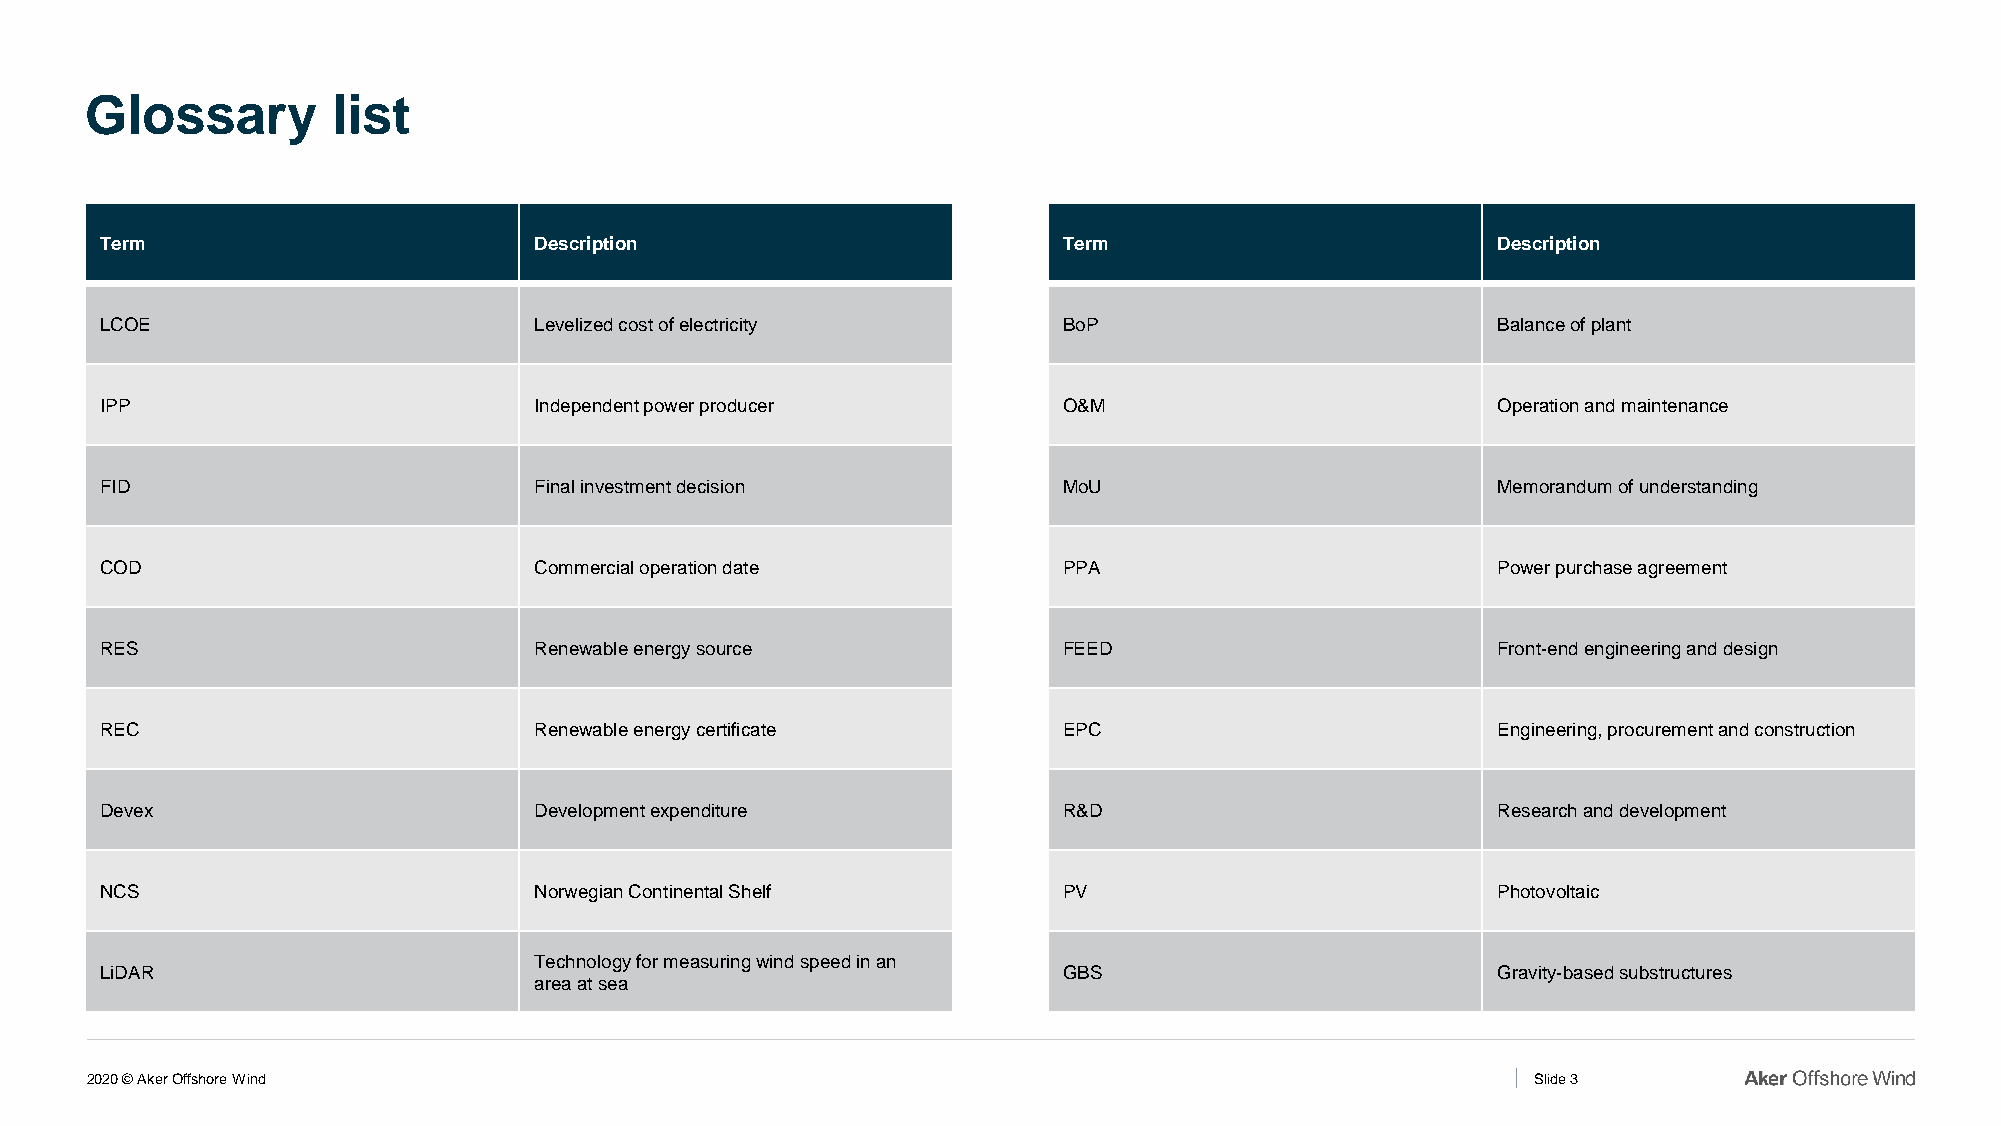
Glossary        list
 Term                        Description                        Term                         Description
 LCOE                        Levelized cost of electricity      BoP                          Balance of plant
 IPP                         Independent power producer         O&M                          Operation and maintenance
 FID                         Final investment decision          MoU                          Memorandum of understanding
 COD                         Commercial operation date          PPA                          Power purchase agreement
 RES                         Renewable energy source            FEED                         Front-end engineering and design
 REC                         Renewable energy certificate       EPC                          Engineering, procurement and construction
 Devex                       Development expenditure            R&D                          Research and development
 NCS                         Norwegian Continental Shelf        PV                           Photovoltaic
 Technology for measuring wind speed in an
 LiDAR                                                          GBS                          Gravity-based substructures
 area at sea
 2020 © Aker Offshore Wind                                                                       Slide 3